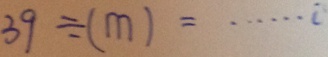
3 9 \div ( m ) = \cdots 0